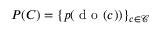
P ( C ) = \{ p ( \mathrm { ~ d ~ o ~ } ( c ) ) \} _ { c \in \mathcal { C } }